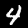
Digit: 4